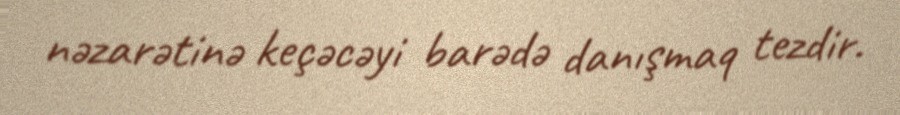
nəzarətinə keçəcəyi barədə danışmaq tezdir.